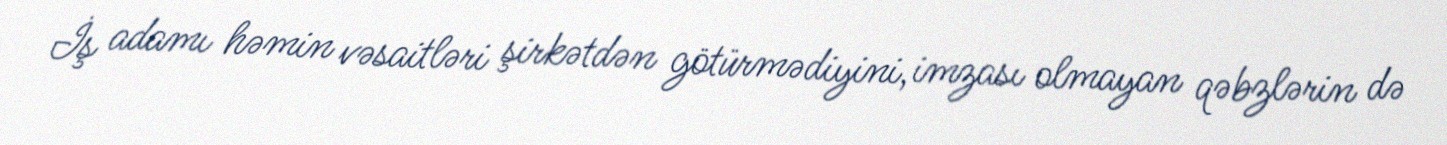
İş adamı həmin vəsaitləri şirkətdən götürmədiyini, imzası olmayan qəbzlərin də